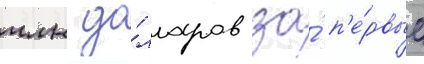
млн до́лларов за́ п'е́рвые